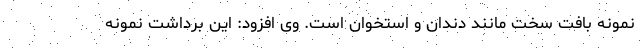
نمونه بافت سخت مانند دندان و استخوان است. وی افزود: این برداشت نمونه